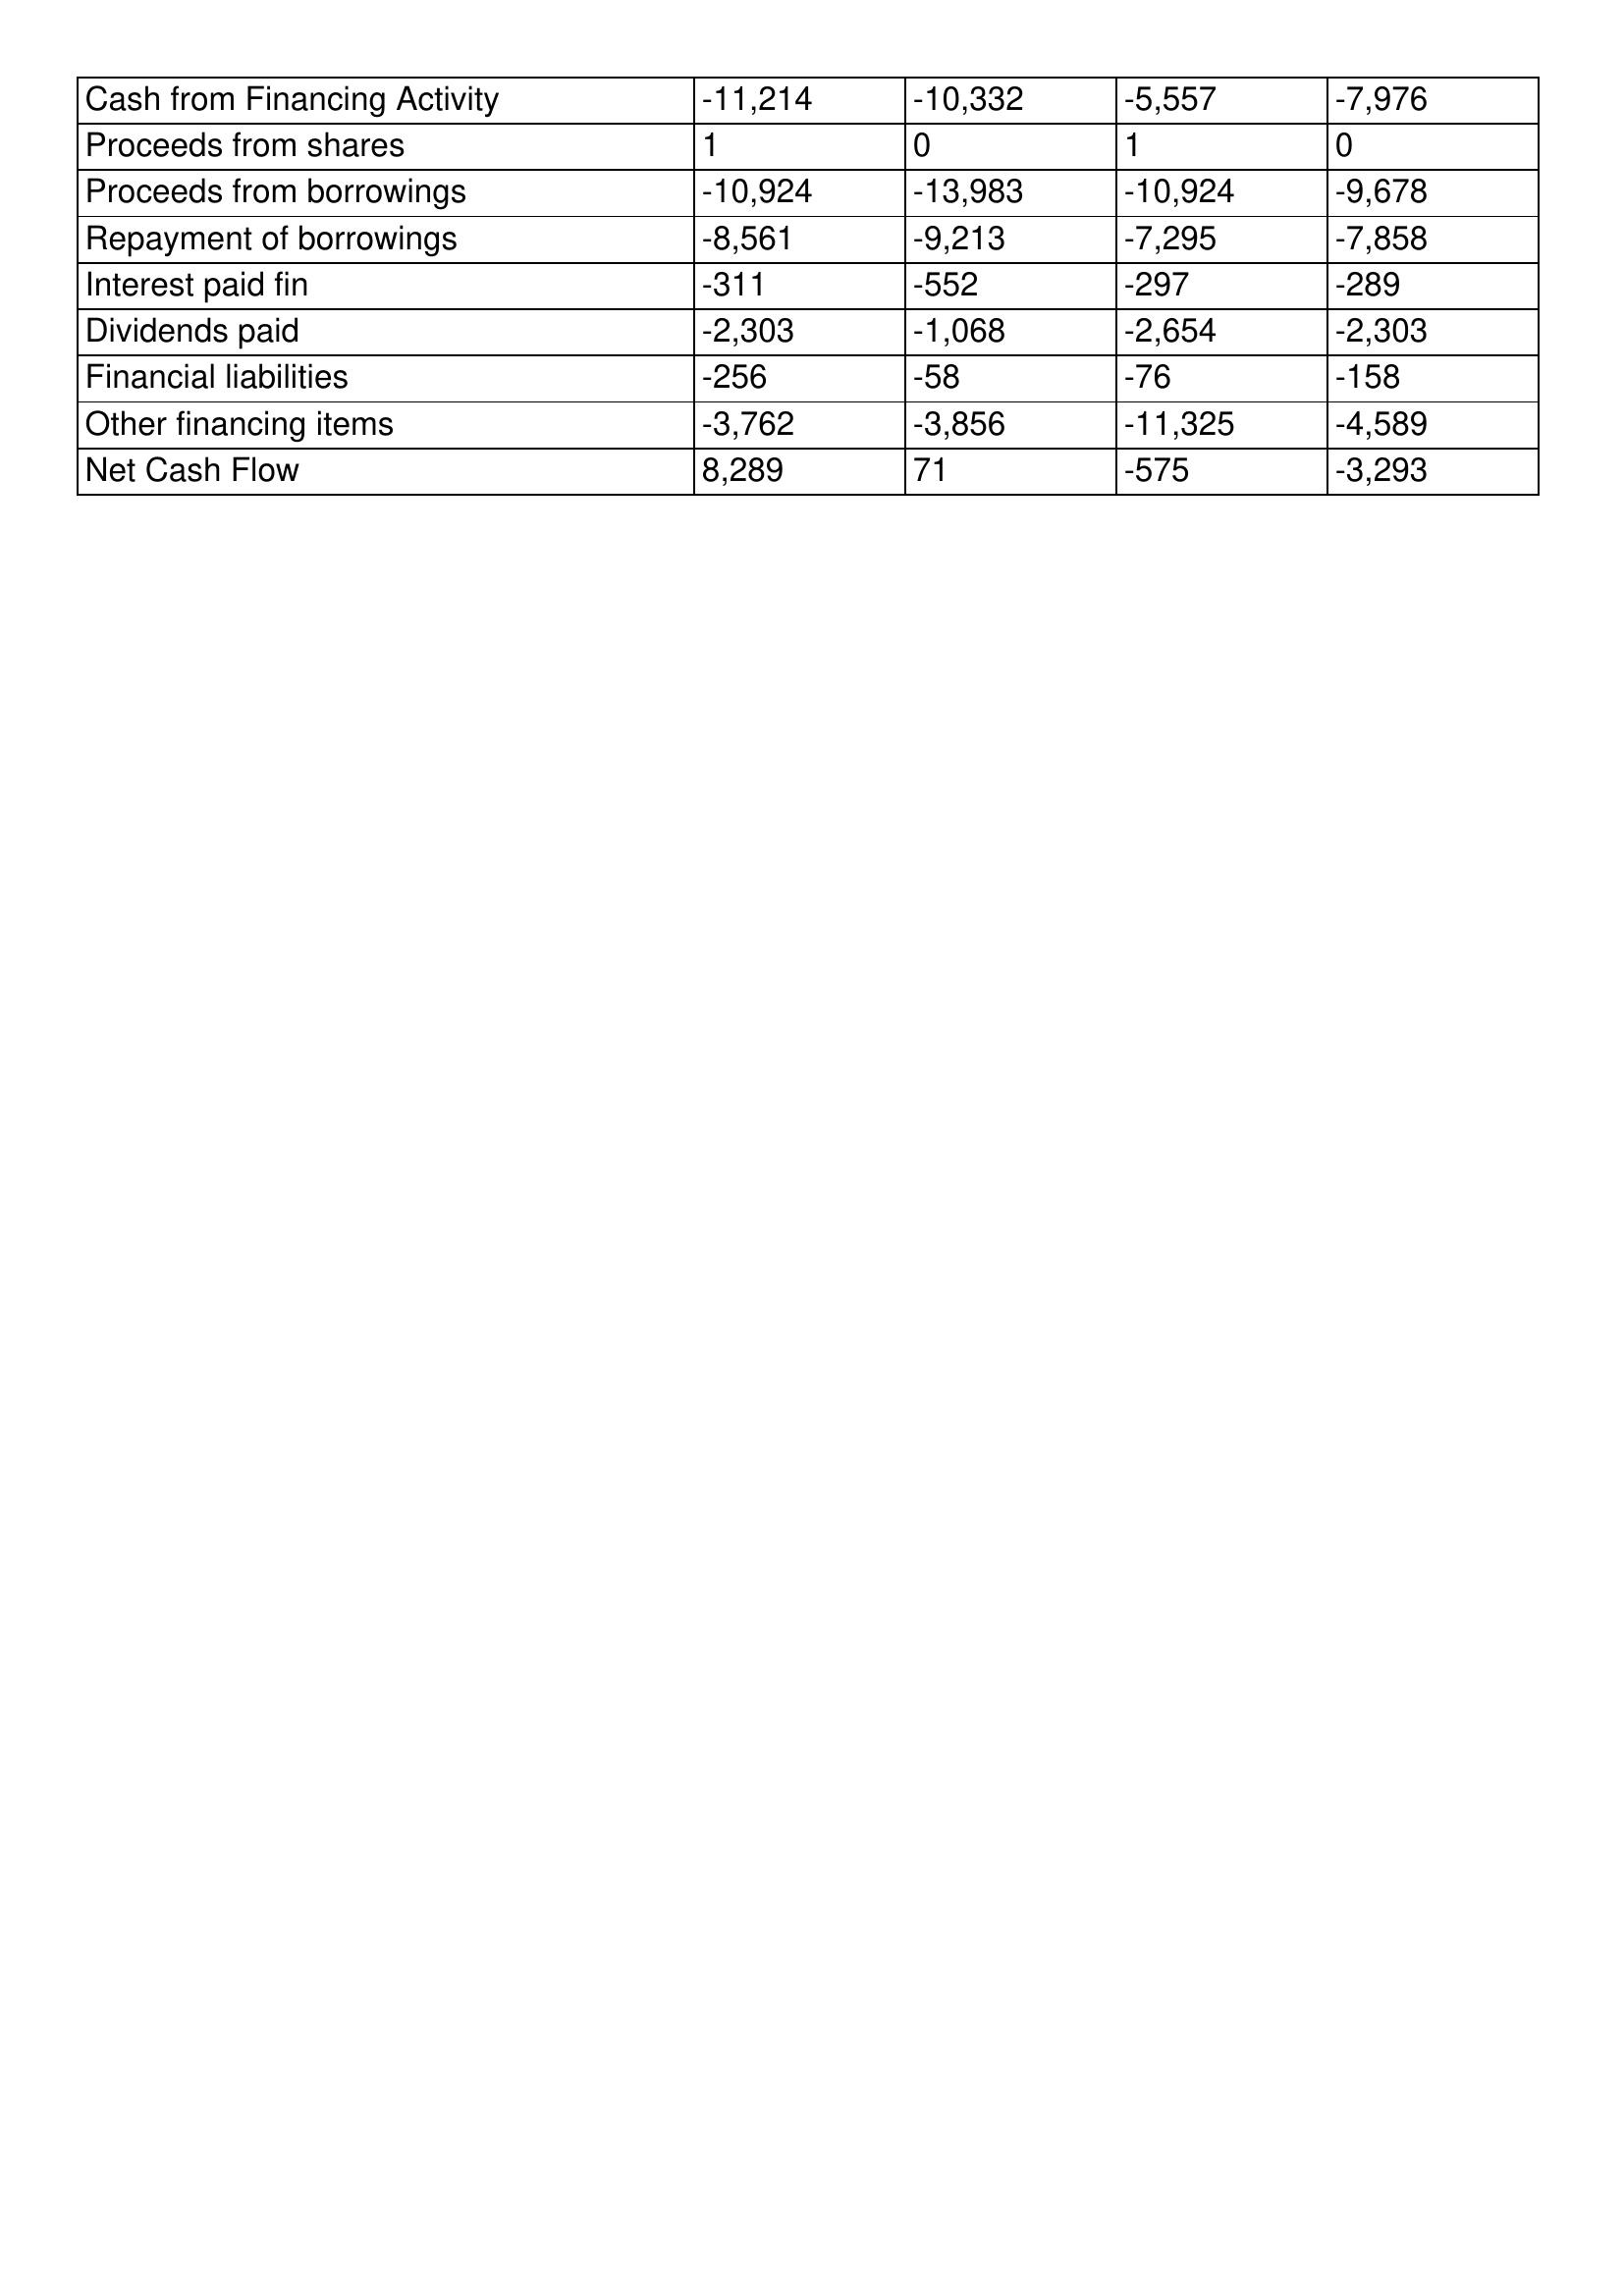
gt_parse: 1998: Cash Flows: Cash from Financing Activity: -11,214
Proceeds from shares: 1
Proceeds from borrowings: -10,924
Repayment of borrowings: -8,561
Interest paid fin: -311
Dividends paid: -2,303
Financial liabilities: -256
Other financing items: -3,762
Net Cash Flow: 8,289
1997: Cash Flows: Cash from Financing Activity: -10,332
Proceeds from shares: 0
Proceeds from borrowings: -13,983
Repayment of borrowings: -9,213
Interest paid fin: -552
Dividends paid: -1,068
Financial liabilities: -58
Other financing items: -3,856
Net Cash Flow: 71
1996: Cash Flows: Cash from Financing Activity: -5,557
Proceeds from shares: 1
Proceeds from borrowings: -10,924
Repayment of borrowings: -7,295
Interest paid fin: -297
Dividends paid: -2,654
Financial liabilities: -76
Other financing items: -11,325
Net Cash Flow: -575
1995: Cash Flows: Cash from Financing Activity: -7,976
Proceeds from shares: 0
Proceeds from borrowings: -9,678
Repayment of borrowings: -7,858
Interest paid fin: -289
Dividends paid: -2,303
Financial liabilities: -158
Other financing items: -4,589
Net Cash Flow: -3,293